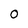
Character: 0